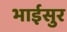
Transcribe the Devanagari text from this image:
भाईसुर